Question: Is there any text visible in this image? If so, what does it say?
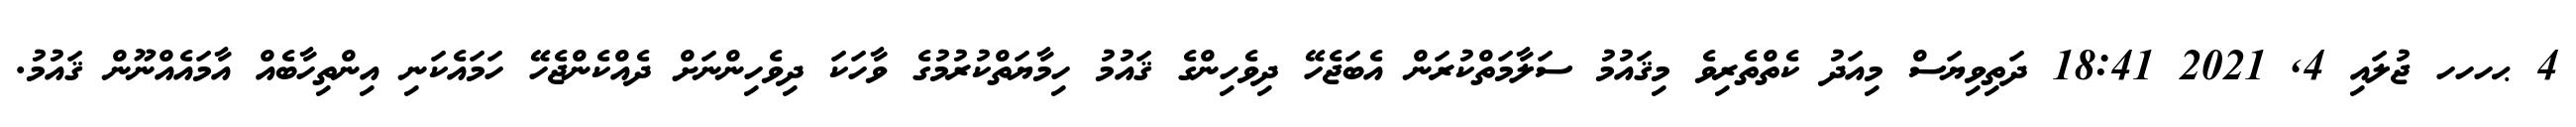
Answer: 4 ޙހހހ ޖުލައި 4, 2021 18:41 ދަތިވިޔަސް މިއަދު ކެތްތެރިވެ މިޤައުމު ސަލާމަތްކުރަން އެބަޖެހޭ ދިވެހިންގެ ޤައުމު ހިމާޔަތްކުރުމުގެ ވާހަކަ ދިވެހިންނަށް ދެއްކެންޖެހޭ ހަމައެކަނި އިންތިހާބެއް އާމައެއްނޫން ޤައުމު.